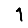
Digit: 1